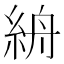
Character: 𥿦